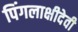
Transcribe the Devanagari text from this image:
पिंगलाक्षीदेवी